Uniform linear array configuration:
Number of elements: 12
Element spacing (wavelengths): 0.5
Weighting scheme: uniform
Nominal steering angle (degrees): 45
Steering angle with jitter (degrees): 44.937
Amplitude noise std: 0.05
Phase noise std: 0.05

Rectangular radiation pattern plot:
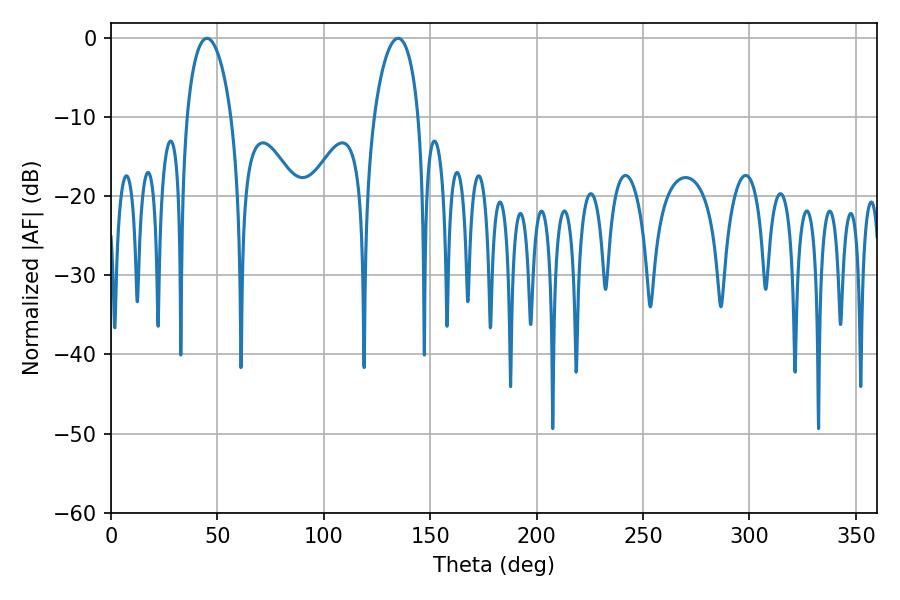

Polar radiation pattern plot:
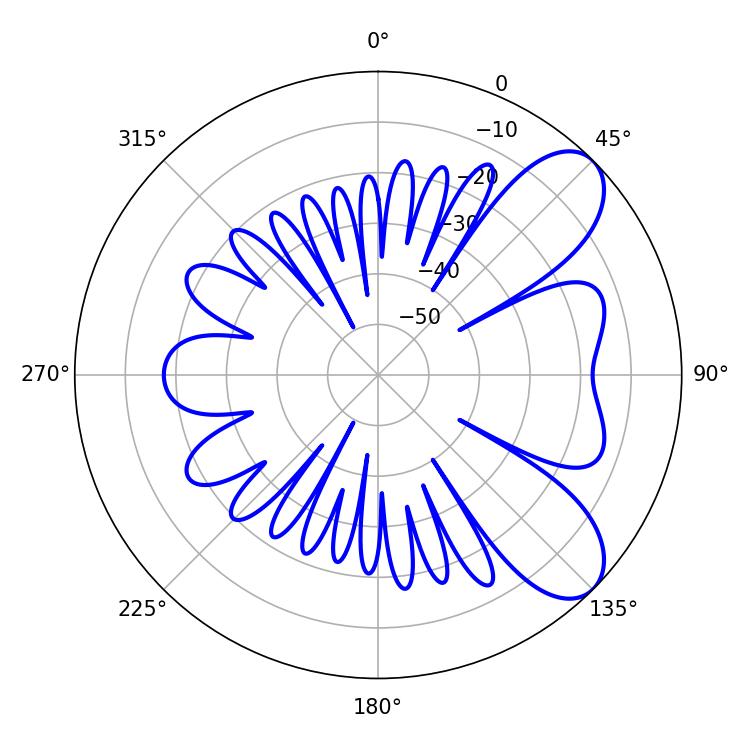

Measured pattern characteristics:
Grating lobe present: FALSE
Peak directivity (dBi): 7.848
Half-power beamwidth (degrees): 11.88
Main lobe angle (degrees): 45